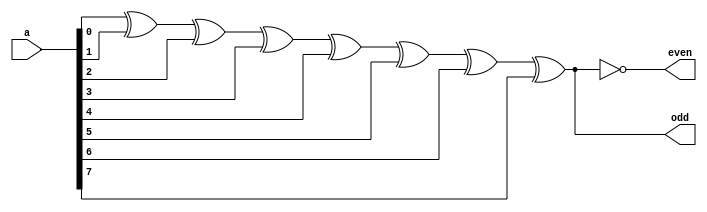
`timescale 1ns / 1ps

module Parity_Check(
    input wire [7:0] a, // 
    output odd, // 
    output even // 
    );

assign odd = a[0] ^ a[1] ^ a[2] ^ a[3] ^ a[4] ^ a[5] ^ a[6] ^ a[7];
// assign odd = ^ a;
assign even = ~odd;
endmodule